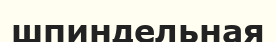
шпиндельная